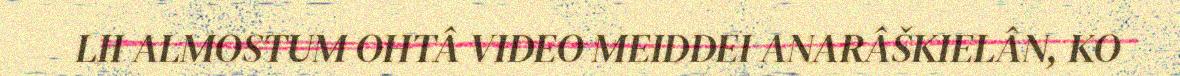
LII ALMOSTUM OHTÂ VIDEO MEIDDEI ANARÂŠKIELÂN, KO